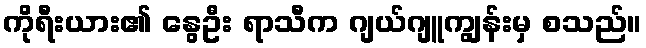
ကိုရီးယား၏ နွေဦး ရာသီက ဂျယ်ဂျူကျွန်းမှ စသည်။